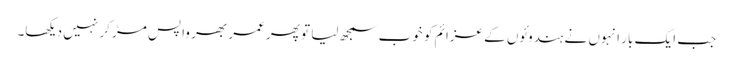
جب ایک بار انہوں نے ہندوئوں کے عزائم کو خوب سمجھ لیا تو پھر عمر بھر واپس مڑ کر نہیں دیکھا۔